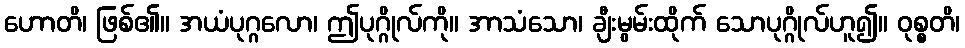
ဟောတိ၊ ဖြစ်၏။ အယံပုဂ္ဂလော၊ ဤပုဂ္ဂိုလ်ကို။ အာသံသော၊ ချီးမွမ်းထိုက် သောပုဂ္ဂိုလ်ဟူ၍။ ဝုစ္စတိ၊